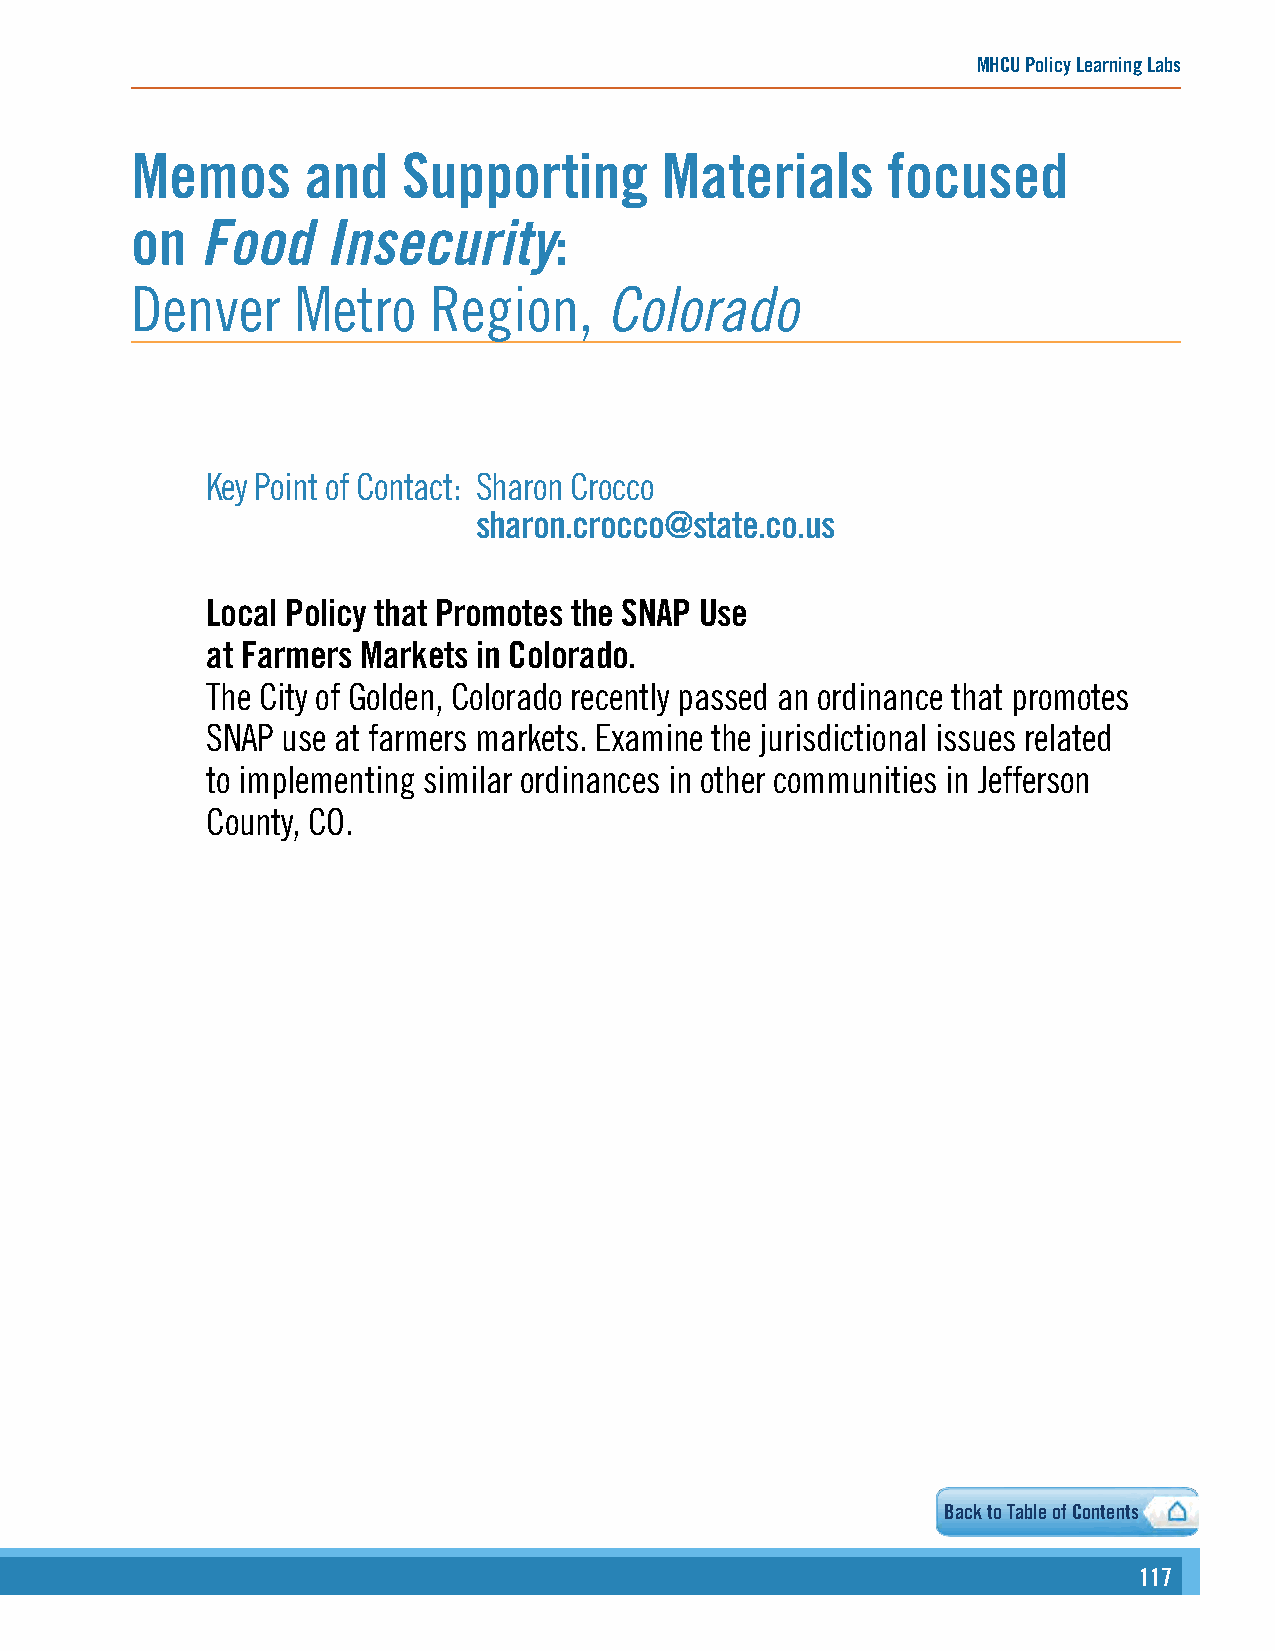
MHCU Policy Learning Labs
 Memos      and    Supporting       Materials      focused
 on  Food     Insecurity:
 Denver    Metro    Region,     Colorado
 Key Point of Contact: Sharon Crocco
 sharon.crocco@state.co.us
 Local Policy that Promotes the SNAP Use
 at Farmers Markets in Colorado.
 The City of Golden, Colorado recently passed an ordinance that promotes
 SNAP use at farmers markets. Examine the jurisdictional issues related
 to implementing similar ordinances in other communities in Jefferson
 County, CO.
 Back to Table of Contents
 117